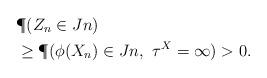
LaTeX: \begin{align*} &\P (Z_n \in J n ) \\ &\ge \P (\phi(X_n)\in J n,\ \tau^X = \infty ) > 0. \end{align*}